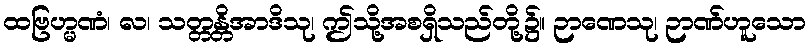
ထဗြဟ္မဏံ၊ လ၊ သတ္တန္တိအာဒိသု၊ ဤသို့အစရှိသည်တို့၌။ ဉာဏေသု၊ ဉာဏ်ဟူသော